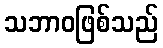
သဘာဝဖြစ်သည်